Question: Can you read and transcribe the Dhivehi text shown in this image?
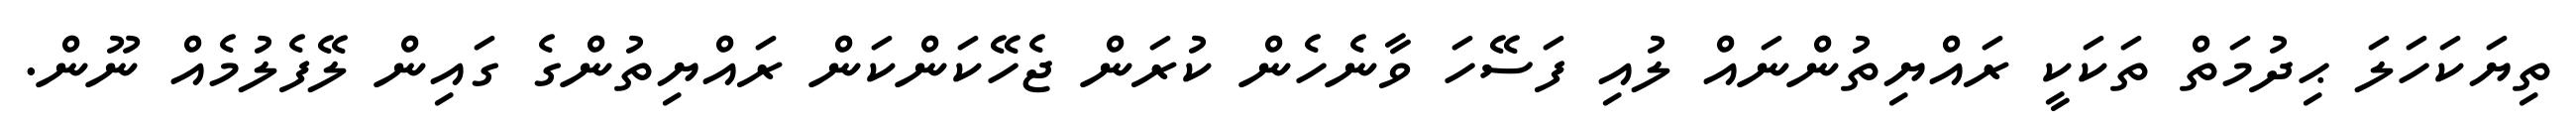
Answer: ތިޔަކަހަލަ ޙިދުމަތް ތަކަކީ ރައްޔިތުންނައް ލުއި ފަސޭހަ ވާނެހެން ކުރަން ޖެހޭކަންކަން ރައްޔިތުންގެ ގައިން ލޭފެލުމެއް ނޫން.